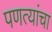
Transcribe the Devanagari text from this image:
पणत्यांचा